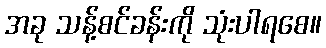
အခု သန့်စင်ခန်းကို သုံးပါရစေ။